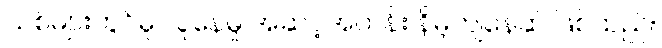
သစ်များတွင်မူ လူနေမှု အဆင့်အတန်း နိမ့်ကျနေဆဲ ဖြစ်သည်။